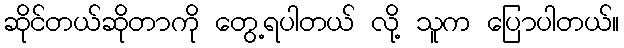
ဆိုင်တယ်ဆိုတာကို တွေ့ရပါတယ် လို့ သူက ပြောပါတယ်။